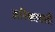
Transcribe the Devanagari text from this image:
अरिकावती